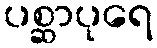
ပစ္ဆာပုရေ